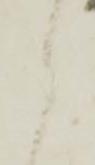
々